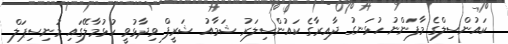
ކައުންސިލްގެ މާފަންނު ހުޅަނގު ދާއިރާގެ ކައުންސިލަރު ޝަމާއު ޝަރީފް ވިދާޅުވީ ހުޅުމާލޭގައި މުނިސިޕަލް